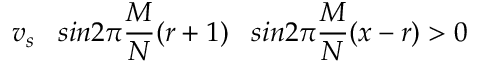
v _ { s } \; \; \; s i n 2 \pi \frac { M } { N } ( r + 1 ) \; \; \; s i n 2 \pi \frac { M } { N } ( x - r ) > 0